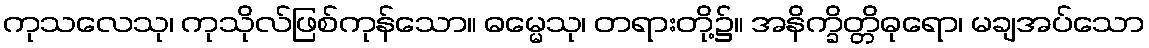
ကုသလေသု၊ ကုသိုလ်ဖြစ်ကုန်သော။ ဓမ္မေသု၊ တရားတို့၌။ အနိက္ခိတ္တိဓုရော၊ မချအပ်သော